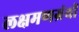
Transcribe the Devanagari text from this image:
लक्षमणग्रंथों